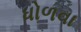
ધોળવા